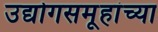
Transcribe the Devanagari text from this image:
उद्योगसमूहांच्या